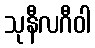
သုနီလဂီဝါ